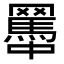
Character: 𦌱